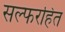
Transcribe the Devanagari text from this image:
सल्फरहित